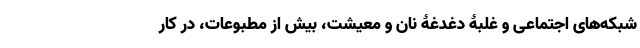
شبکه‌های اجتماعی و غلبۀ دغدغۀ نان و معیشت، بیش از مطبوعات، در کار